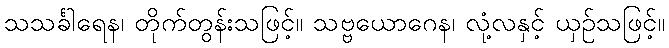
သသင်္ခါရေန၊ တိုက်တွန်းသဖြင့်။ သဗ္ဗယောဂေန၊ လုံ့လနှင့် ယှဉ်သဖြင့်။